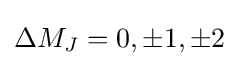
\Delta M_{J}=0,\pm 1,\pm 2